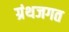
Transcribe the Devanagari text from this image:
ग्रंथजगत